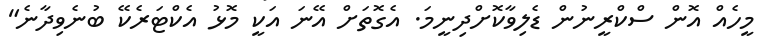
މީހެއް އޮން ސްކްރީނުން ޑެލިވާކޮށްދިނީމަ. އެގޮތަށް އޭނަ އަކީ މޮޅު އެކްޓަރެކޭ ބުނެވިދާނެ"